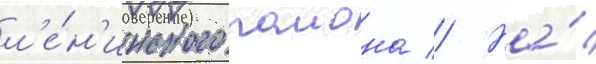
л'е́н'инского раиона // На́